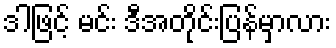
ဒါဖြင့် မင်း ဒီအတိုင်းပြန်မှာလား